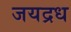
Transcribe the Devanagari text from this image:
जयद्रध